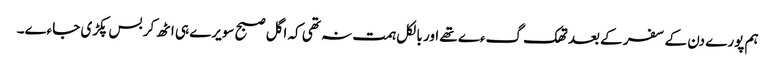
ہم پورے دن کے سفر کے بعد تھک گءے تھے اور بالکل ہمت نہ تھی کہ اگل صبح سویرے ہی اٹھ کر بس پکڑی جاءے۔